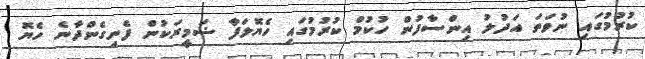
ކުރުމުގައި ނުވަތަ އަދުލު އިންސާފުން ހުކުމް ކުރުމުގައި ހެޔޮލަފާ ޟަމީރަކުން ފެނިގެންދާނެ ހެޔޮ